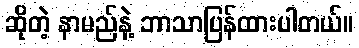
ဆိုတဲ့ နာမည်နဲ့ ဘာသာပြန်ထားပါတယ်။